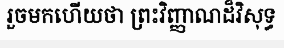
រួចមកហើយថា ព្រះវិញ្ញាណដ៏វិសុទ្ធ